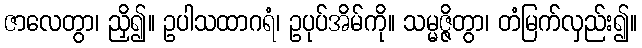
ဇာလေတွာ၊ ညှိ၍။ ဥပါသထာဂရံ၊ ဥပုပ်အိမ်ကို။ သမ္မဇ္ဇိတွာ၊ တံမြက်လှည်း၍။